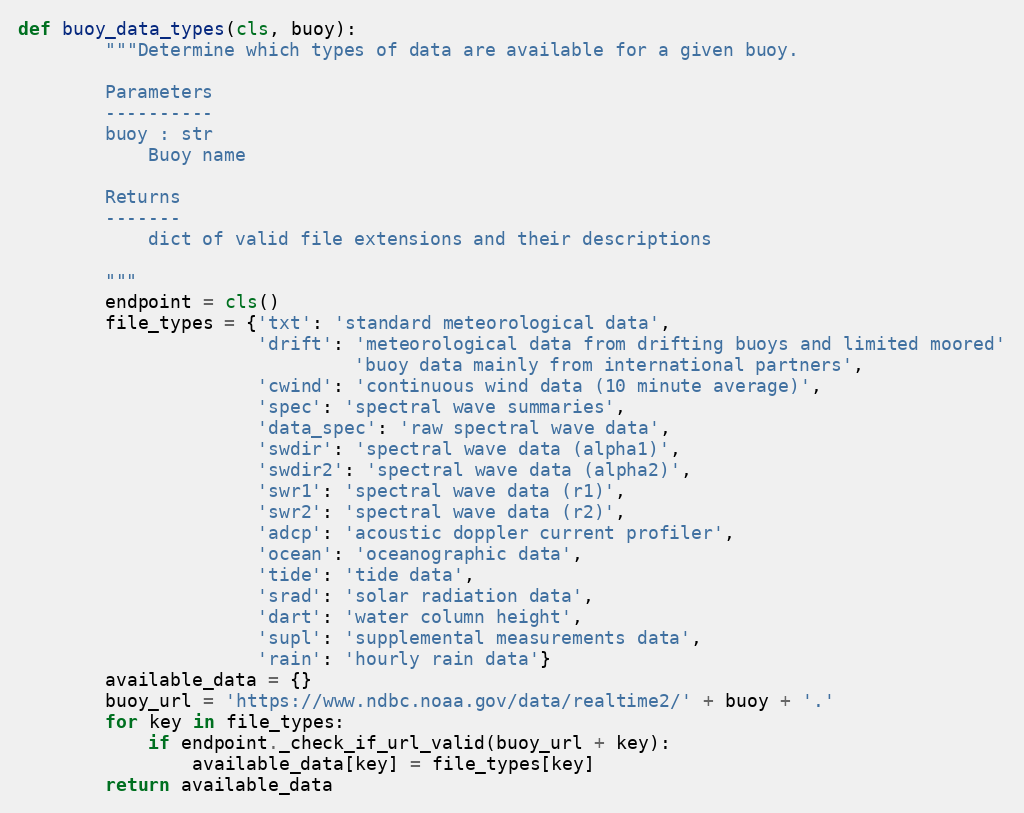
Language: Python
def buoy_data_types(cls, buoy):
        """Determine which types of data are available for a given buoy.

        Parameters
        ----------
        buoy : str
            Buoy name

        Returns
        -------
            dict of valid file extensions and their descriptions

        """
        endpoint = cls()
        file_types = {'txt': 'standard meteorological data',
                      'drift': 'meteorological data from drifting buoys and limited moored'
                               'buoy data mainly from international partners',
                      'cwind': 'continuous wind data (10 minute average)',
                      'spec': 'spectral wave summaries',
                      'data_spec': 'raw spectral wave data',
                      'swdir': 'spectral wave data (alpha1)',
                      'swdir2': 'spectral wave data (alpha2)',
                      'swr1': 'spectral wave data (r1)',
                      'swr2': 'spectral wave data (r2)',
                      'adcp': 'acoustic doppler current profiler',
                      'ocean': 'oceanographic data',
                      'tide': 'tide data',
                      'srad': 'solar radiation data',
                      'dart': 'water column height',
                      'supl': 'supplemental measurements data',
                      'rain': 'hourly rain data'}
        available_data = {}
        buoy_url = 'https://www.ndbc.noaa.gov/data/realtime2/' + buoy + '.'
        for key in file_types:
            if endpoint._check_if_url_valid(buoy_url + key):
                available_data[key] = file_types[key]
        return available_data